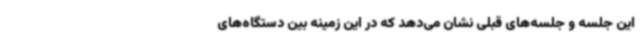
این جلسه و جلسه‌های قبلی نشان می‌دهد که در این زمینه بین دستگاه‌های